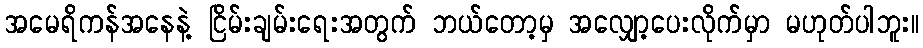
အမေရိကန်အနေနဲ့ ငြိမ်းချမ်းရေးအတွက် ဘယ်တော့မှ အလျှော့ပေးလိုက်မှာ မဟုတ်ပါဘူး။